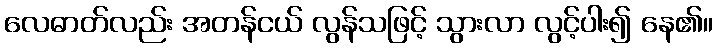
လေဓာတ်လည်း အတန်ငယ် လွန်သဖြင့် သွားလာ လွင့်ပါး၍ နေ၏။